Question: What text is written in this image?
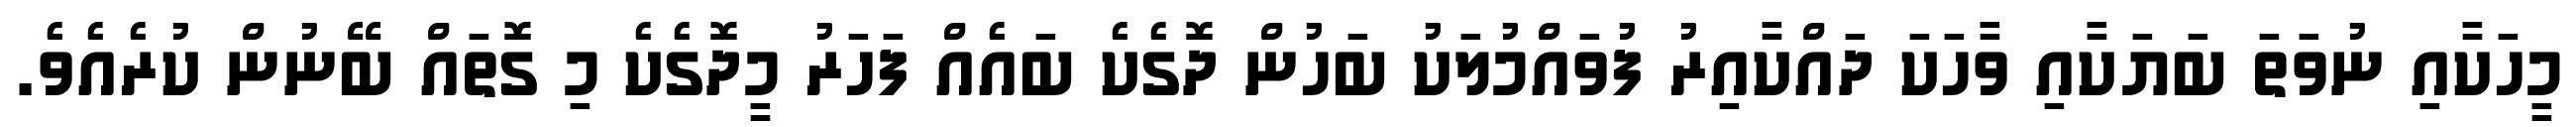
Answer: މީހަކާއި ނުވަތަ ބަޔަކާއި ވާހަކަ ދައްކާއިރު ފުވައްމުލަކު ބަހުން ދޮގެކެ ބައެއް ފަހަރު މީދޮގެކެ މި ގޮތައް ބޭނުން ކުރެއެވެ.